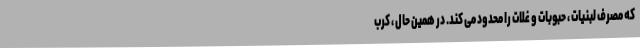
که مصرف لبنیات ، حبوبات و غلات را محدود می کند. در همین حال ، کرب